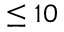
\leq 1 0